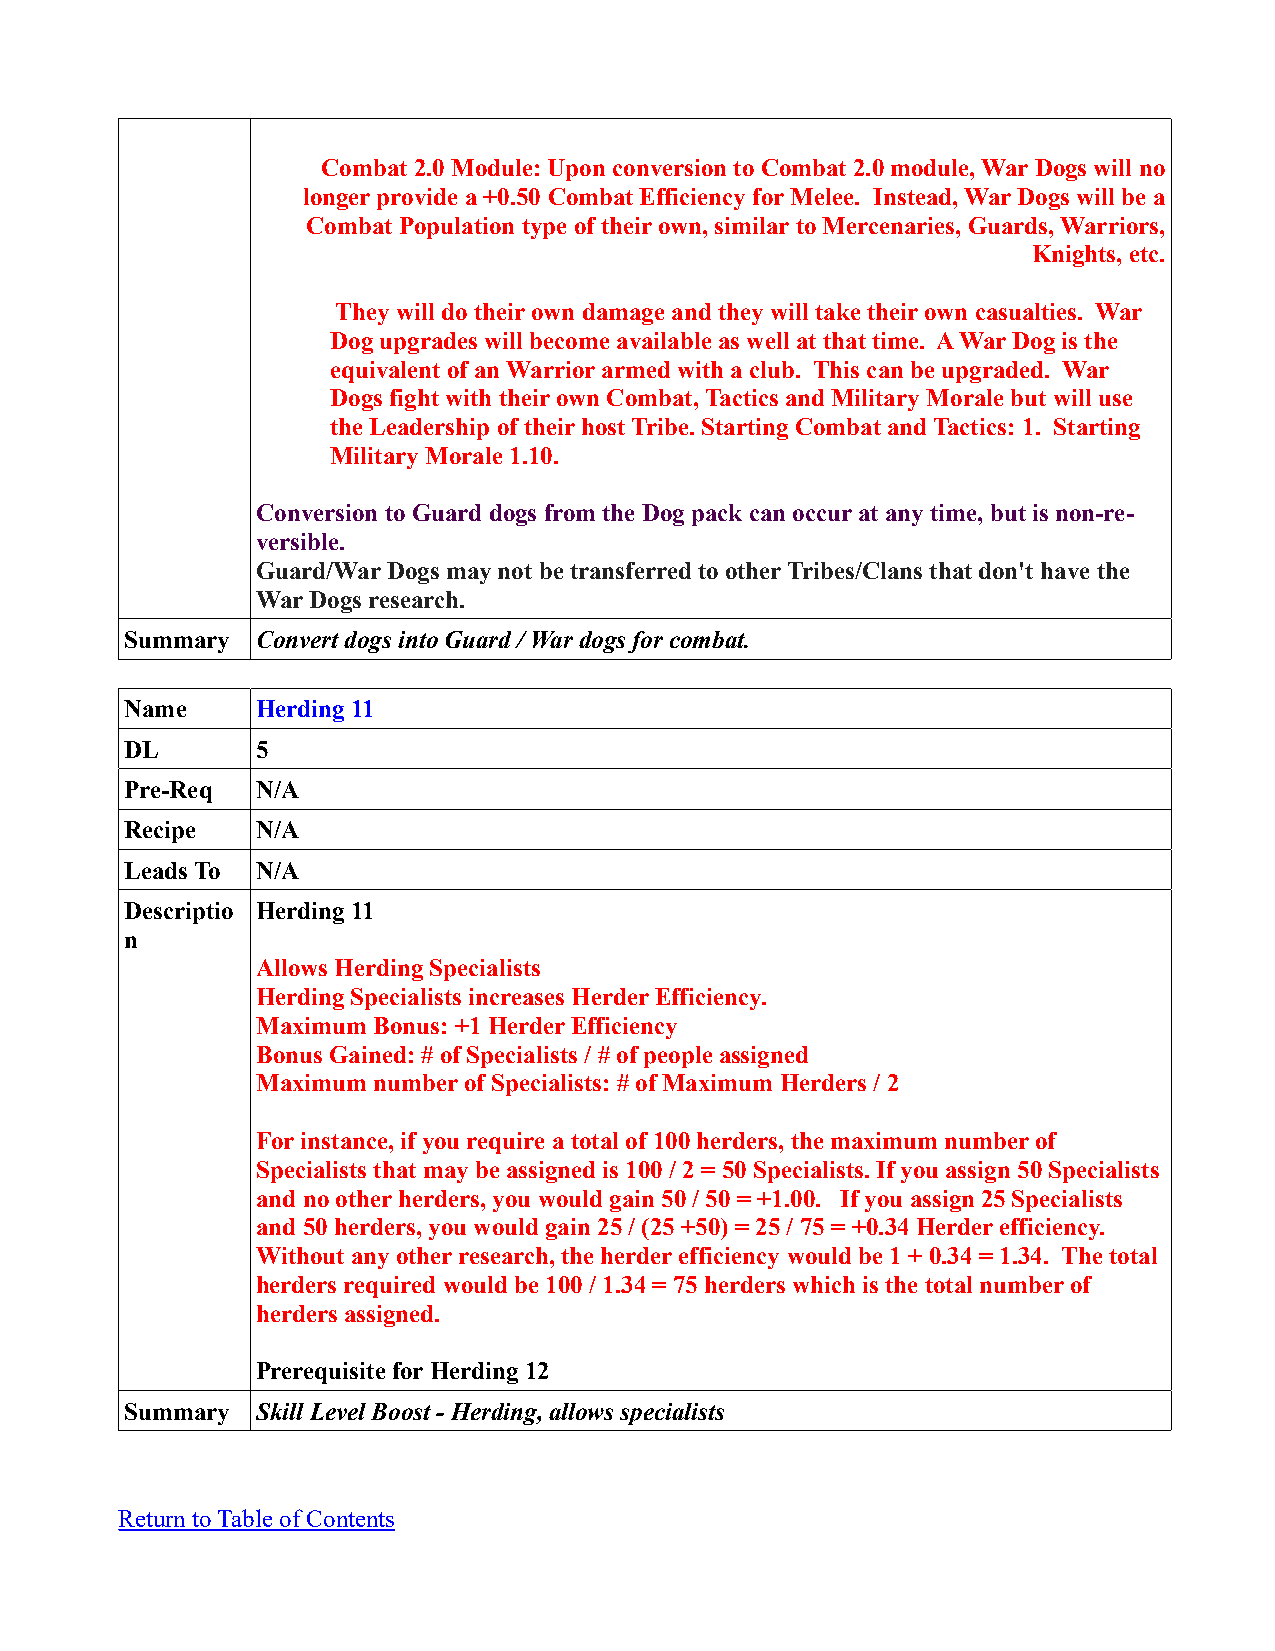
Combat 2.0 Module: Upon conversion to Combat 2.0 module, War Dogs will no
 longer provide a +0.50 Combat Efficiency for Melee. Instead, War Dogs will be a
 Combat Population type of their own, similar to Mercenaries, Guards, Warriors,
 Knights, etc.
 They will do their own damage and they will take their own casualties. War
 Dog upgrades will become available as well at that time. A War Dog is the
 equivalent of an Warrior armed with a club. This can be upgraded. War
 Dogs fight with their own Combat, Tactics and Military Morale but will use
 the Leadership of their host Tribe. Starting Combat and Tactics: 1. Starting
 Military Morale 1.10.
 Conversion to Guard dogs from the Dog pack can occur at any time, but is non-re-
 versible.
 Guard/War Dogs may not be transferred to other Tribes/Clans that don't have the
 War Dogs research.
 Summary  Convert dogs into Guard / War dogs for combat.
 Name     Herding 11
 DL       5
 Pre-Req  N/A
 Recipe   N/A
 Leads To N/A
 Descriptio Herding 11
 n
 Allows Herding Specialists
 Herding Specialists increases Herder Efficiency.
 Maximum Bonus: +1 Herder Efficiency
 Bonus Gained: # of Specialists / # of people assigned
 Maximum number of Specialists: # of Maximum Herders / 2
 For instance, if you require a total of 100 herders, the maximum number of
 Specialists that may be assigned is 100 / 2 = 50 Specialists. If you assign 50 Specialists
 and no other herders, you would gain 50 / 50 = +1.00. If you assign 25 Specialists
 and 50 herders, you would gain 25 / (25 +50) = 25 / 75 = +0.34 Herder efficiency.
 Without any other research, the herder efficiency would be 1 + 0.34 = 1.34. The total
 herders required would be 100 / 1.34 = 75 herders which is the total number of
 herders assigned.
 Prerequisite for Herding 12
 Summary  Skill Level Boost - Herding, allows specialists
 Return to Table of Contents